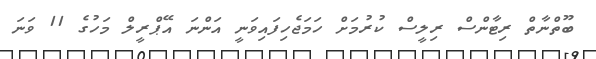
ބޫތްނާތް ރިޓާންސް ރިލީސް ކުރުމަށް ހަމަޖެހިފައިވަނީ އަންނަ އޭޕްރީލް މަހުގެ 11 ވަނަ